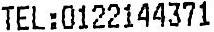
TEL:0122144371